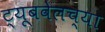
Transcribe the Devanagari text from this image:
ट्यूबवेलच्या